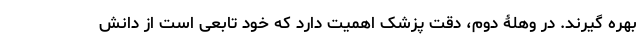
بهره گیرند. در وهلۀ دوم، دقت پزشک اهمیت دارد که خود تابعی است از دانش